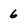
Character: 6